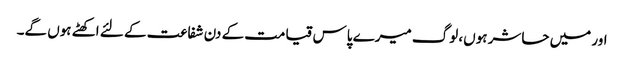
اور میں حاشر ہوں، لوگ میرے پاس قیامت کے دن شفاعت کے لئے اکھٹے ہوں گے۔